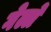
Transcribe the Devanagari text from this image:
गेल्लें